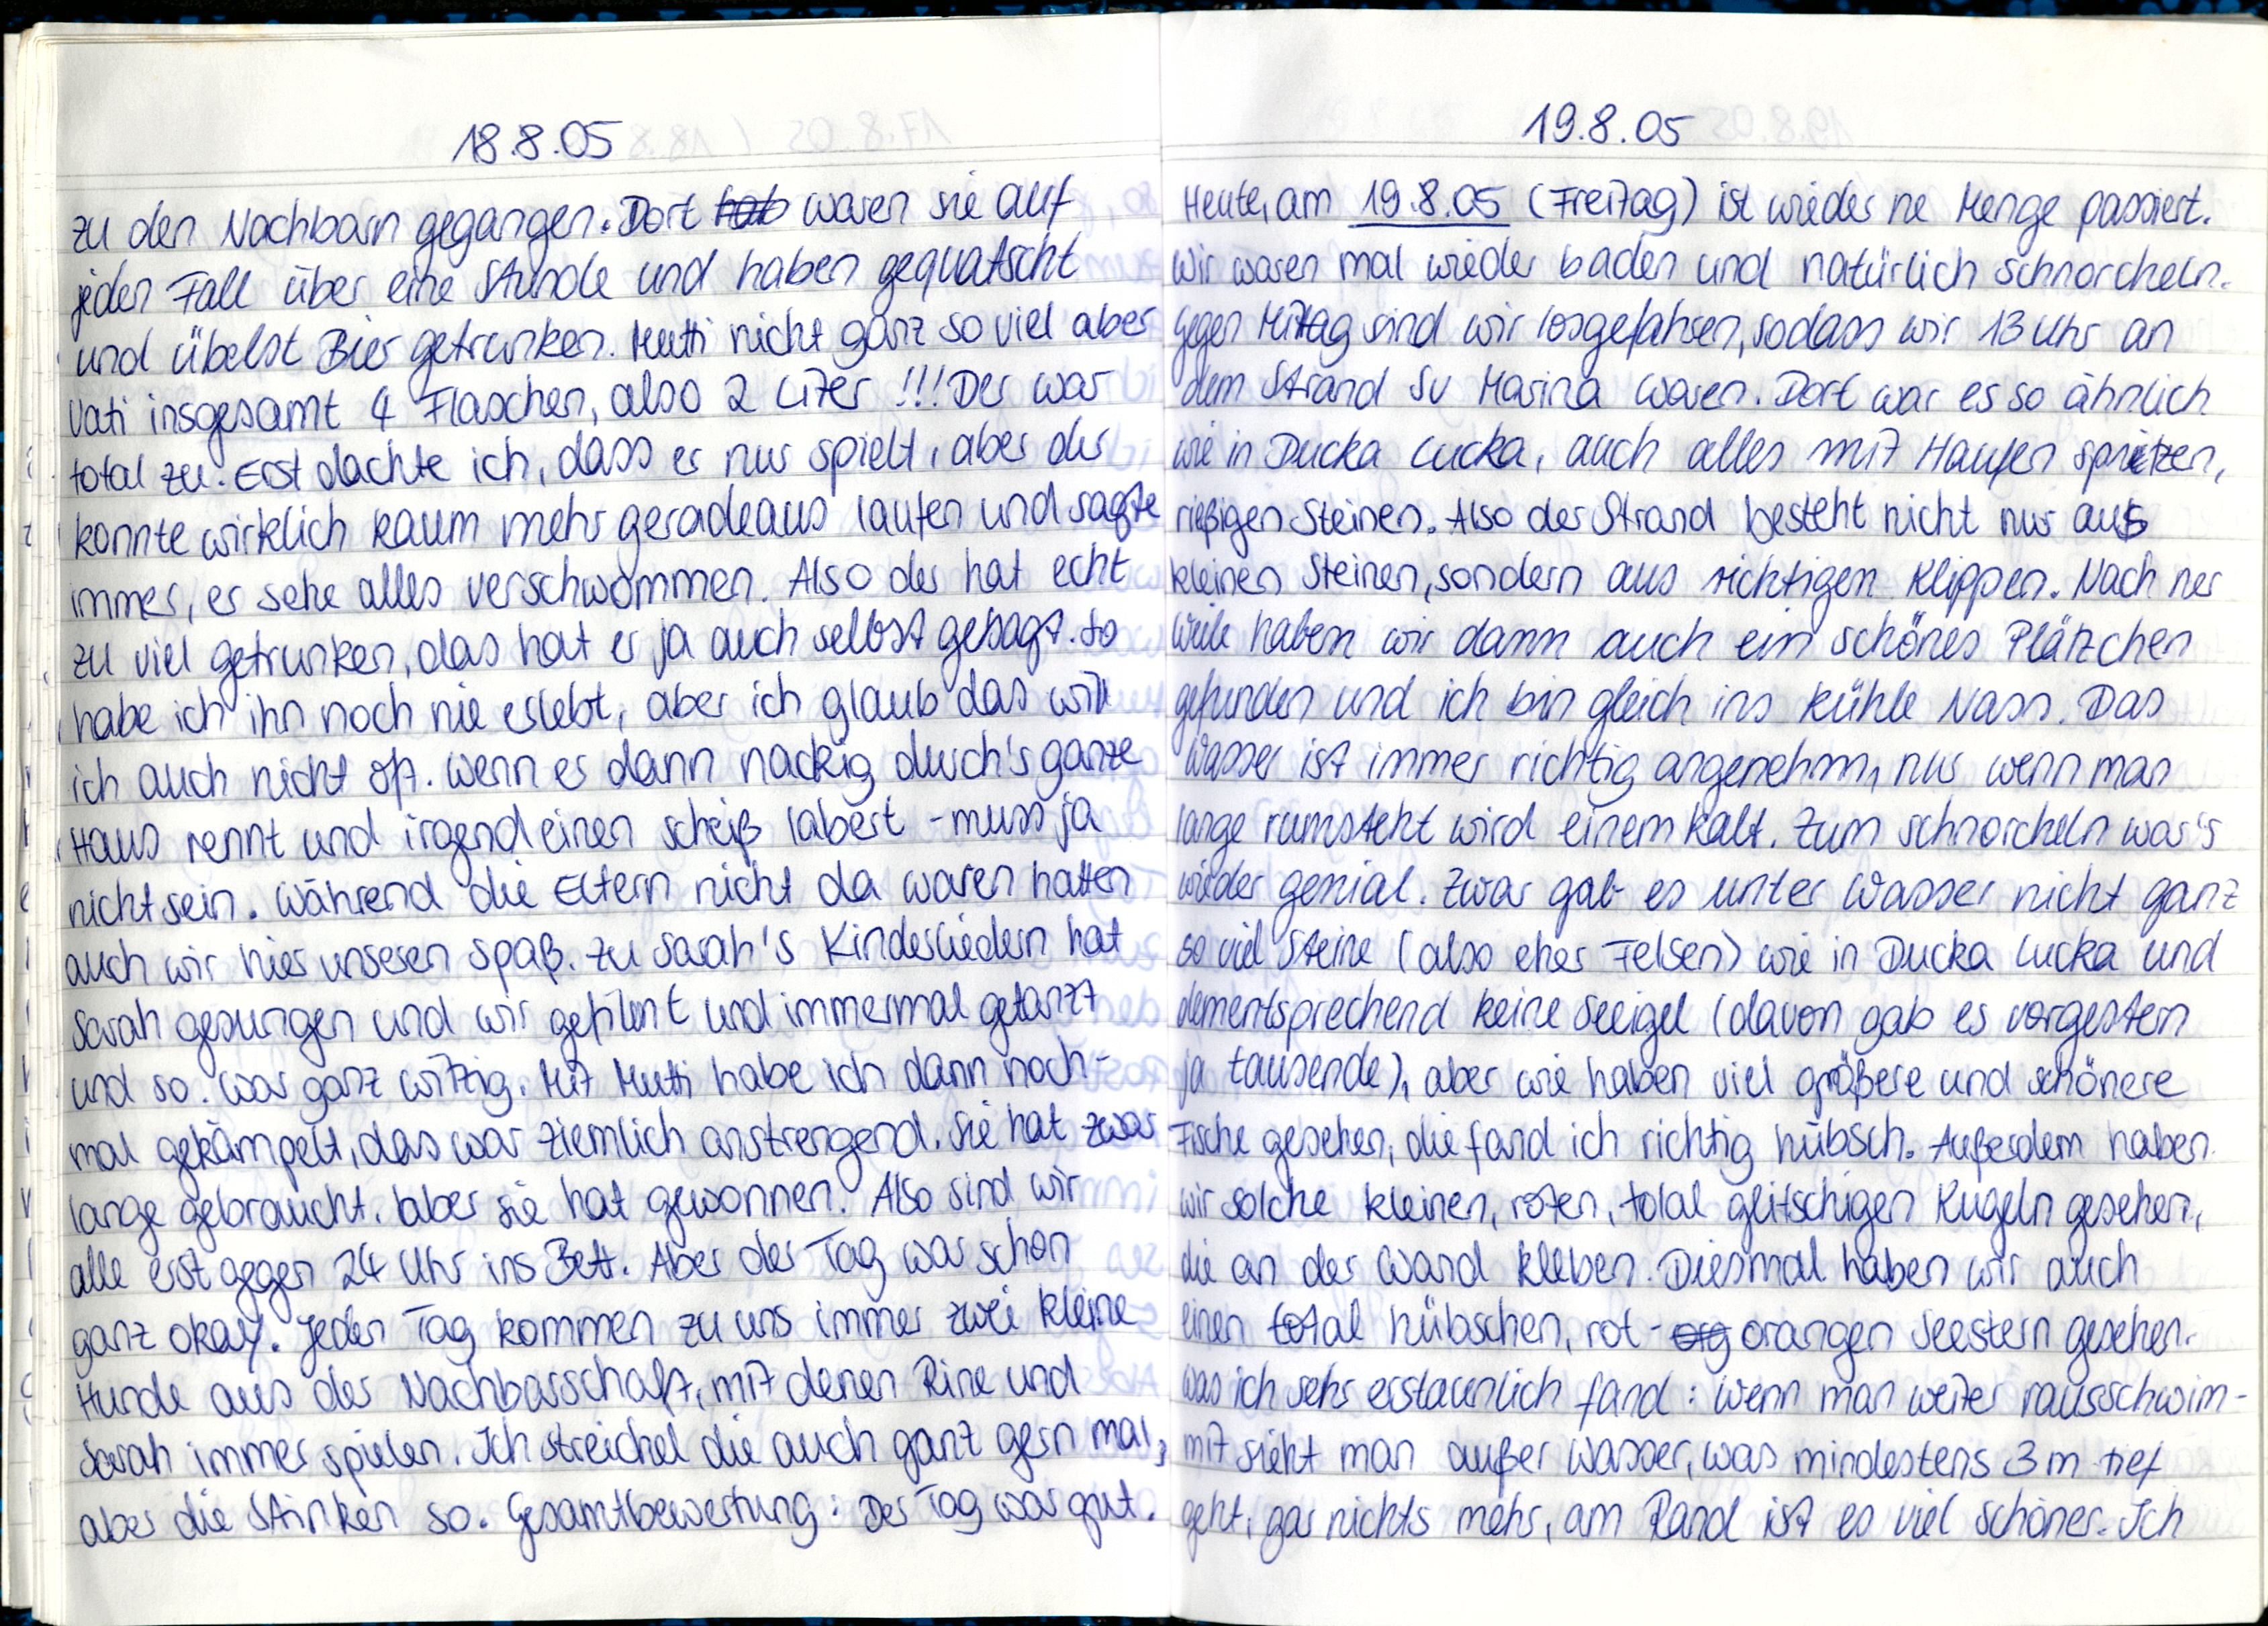
18.8.05
zu den Nachbarn gegangen. Dort waren sie auf
jeden Fall über eine Stunde und haben gequatscht
und übelst Bier getrunken. Mutti nicht ganz so viel aber
Vati insgesamt 4 Flaschen, also 2 Liter!!! Der war
total zu. Erst dachte ich, dass er nur spielt, aber der
konnte wirklich kaum mehr geradeaus laufen und sagte
immer, er sehe alles verschwommen. Also der hat echt
zu viel getrunken, das hat er ja auch selbst gesagt. So
habe ich ihn noch nie erlebt, aber ich glaub das will
ich auch nicht oft. Wenn er dann nackig durch's ganze
Haus rennt und irgendeinen scheiß labert - muss ja
nicht sein. Während die Eltern nicht da waren hatten
auch wir hier unseren Spaß. Zu Sarah's Kinderliedern hat
Sarah gesungen und wir gefilmt und immermal getanzt
und so. war ganz witzig. Mit Mutti habe ich dann noch-
mal gekämpelt, das war ziemlich anstrengend. Sie hat zwar
lange gebraucht, aber sie hat gewonnen. Also sind wir
alle erst gegen 24 Uhr ins Bett. Aber der Tag war schon
ganz okay. Jeden Tag kommen zu  uns immer zwei kleine
Hunde aus der Nachbarschaft, mit denen Rine und
Sarah immer spielen. Ich streichel die auch ganz gern mal
aber die stinken so. Gesamtbewertung: Der Tag war gut.

19.8.05
Heute, am 19.8.05 (Freitag) ist wieder ne Menge passiert.
Wir waren mal wieder baden und natürlich schnorcheln.
Gegen Mittag sind wir losgefahren, sodass wir 13 Uhr an
dem Strand Su Marina waren. Dort war es so ählich
wie in Ducka Lucka, auch alles mit haufen spitzen,
rießigen Steinen. Also der Strand besteht nicht nur aus
kleinen Steinen, sondern aus richtigen Klippen. Nach ner
Weile haben wir dann auch ein schönes Plätzchen
gefunden und ich bin gleich ins kühle Nass. Das
Wasser ist immer richtig angenehm, nur wenn man
lange rusmteht wird einem kalt. Zum schnorcheln
wieder genial. Zwar gab es unter Wasser nicht ganz
so viel Steine (also eher Felsen) wie in Ducka Lucka und
dementsprechend keine Seeigel (davon gab es vorgestern
ja tausend), aber wie haben viel größere und schönere
Fische gesehen, die fand ich richtig hübsch. Außerdem haben
wir solche kleinen, roten, total glitschigen Kugeln gesehen,
die an der Wand kleben. Diesmal haben wir auch
einen total hübschen, rot-organgen Seestern gesehen.
Was ich sehr erstaunlich fand: Wenn man weiter rausschwim-
mt sieht man außer Wasser, was mindesten 3m tief
geht, gar nichts mehr, am Rand ist es viel schöner. Ich